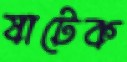
ষাটেক